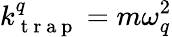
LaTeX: k_{\mathrm{~t~r~a~p~}}^{q}=m\omega_{q}^{2}